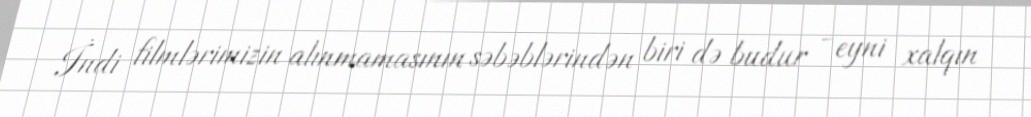
İndi filmlərimizin alınmamasının səbəblərindən biri də budur - eyni xalqın